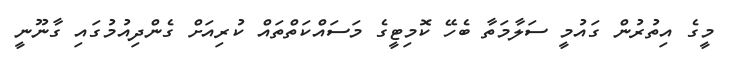
މީގެ އިތުރުން ގައުމީ ސަލާމަތާ ބެހޭ ކޮމިޓީގެ މަސައްކަތްތައް ކުރިއަށް ގެންދިއުމުގައި ގާނޫނީ